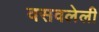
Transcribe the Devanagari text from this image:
वसवलेली